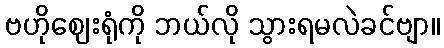
ဗဟိုဈေးရုံကို ဘယ်လို သွားရမလဲခင်ဗျာ။